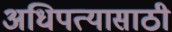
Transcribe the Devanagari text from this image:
अधिपत्यासाठी